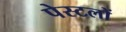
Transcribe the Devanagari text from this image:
पेस्टलों